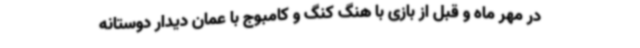
در مهر ماه و قبل از بازی با هنگ کنگ و کامبوج با عمان دیدار دوستانه